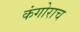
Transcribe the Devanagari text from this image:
कंगोराच